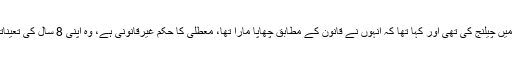
راؤانوارنے اپنی معطلی سندھ ہائیکورٹ میں چیلنج کی تھی اور کہا تھا کہ انہوں نے قانون کے مطابق چھاپا مارا تھا، معطلی کا حکم غیرقانونی ہے، وہ اپنی 8 سال کی تعیناتی کے دوران تین بار معطل ہوچکے ہیں۔